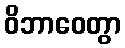
ဝိဘာဝေတွာ